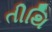
તીથિ